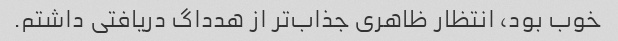
خوب بود، انتظار ظاهری جذاب‌تر از هدداگ دریافتی داشتم.